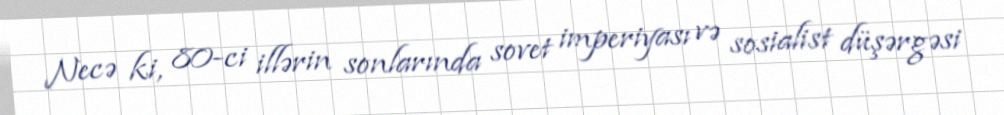
Necə ki, 80-ci illərin sonlarında sovet imperiyası və sosialist düşərgəsi